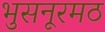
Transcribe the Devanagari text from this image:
भुसनूरमठ